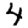
Digit: 4